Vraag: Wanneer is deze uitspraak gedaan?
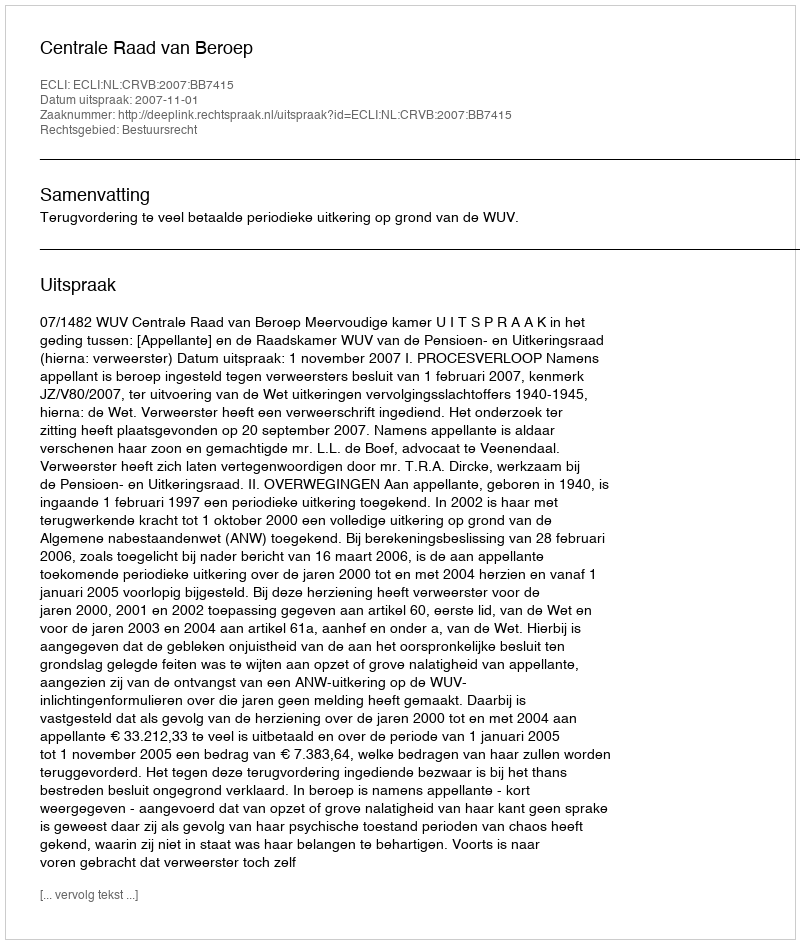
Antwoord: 2007-11-01